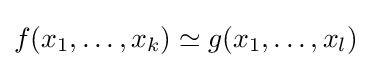
f(x_{1},\ldots ,x_{k})\simeq g(x_{1},\ldots ,x_{l})